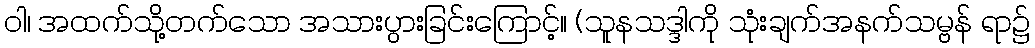
ဝါ၊ အထက်သို့တက်သော အသားပွားခြင်းကြောင့်။ (သူနသဒ္ဒါကို သုံးချက်အနက်သမ္ဗန် ရာ၌